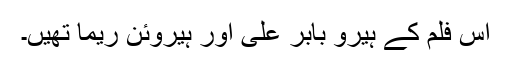
اس فلم کے ہیرو بابر علی اور ہیروئن ریما تھیں۔